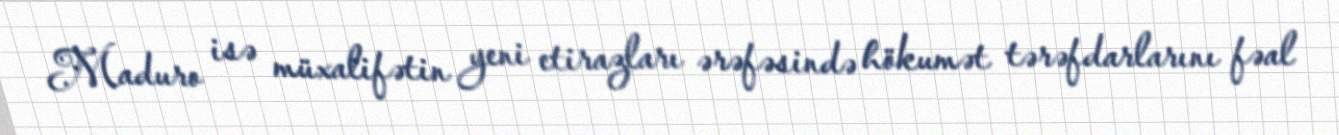
Maduro isə müxalifətin yeni etirazları ərəfəsində hökumət tərəfdarlarını fəal